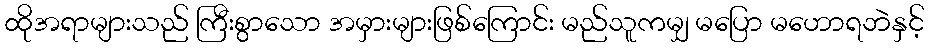
ထိုအရာများသည် ကြီးစွာသော အမှားများဖြစ်ကြောင်း မည်သူကမျှ မပြော မဟောရဘဲနှင့်